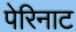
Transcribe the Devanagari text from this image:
पेरिनाट